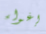
إغواء